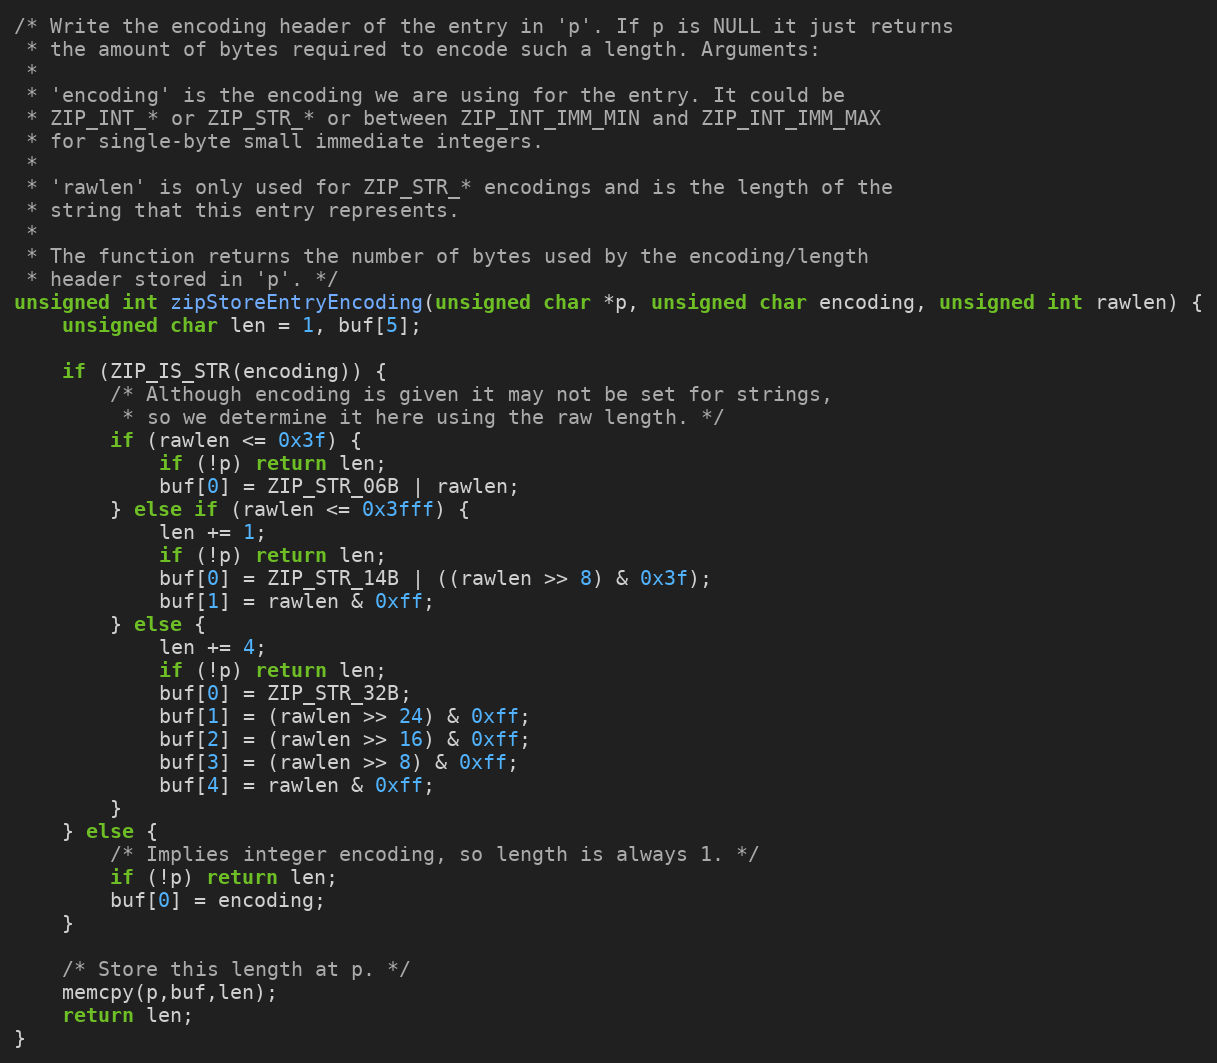
Language: C
/* Write the encoding header of the entry in 'p'. If p is NULL it just returns
 * the amount of bytes required to encode such a length. Arguments:
 *
 * 'encoding' is the encoding we are using for the entry. It could be
 * ZIP_INT_* or ZIP_STR_* or between ZIP_INT_IMM_MIN and ZIP_INT_IMM_MAX
 * for single-byte small immediate integers.
 *
 * 'rawlen' is only used for ZIP_STR_* encodings and is the length of the
 * string that this entry represents.
 *
 * The function returns the number of bytes used by the encoding/length
 * header stored in 'p'. */
unsigned int zipStoreEntryEncoding(unsigned char *p, unsigned char encoding, unsigned int rawlen) {
    unsigned char len = 1, buf[5];

    if (ZIP_IS_STR(encoding)) {
        /* Although encoding is given it may not be set for strings,
         * so we determine it here using the raw length. */
        if (rawlen <= 0x3f) {
            if (!p) return len;
            buf[0] = ZIP_STR_06B | rawlen;
        } else if (rawlen <= 0x3fff) {
            len += 1;
            if (!p) return len;
            buf[0] = ZIP_STR_14B | ((rawlen >> 8) & 0x3f);
            buf[1] = rawlen & 0xff;
        } else {
            len += 4;
            if (!p) return len;
            buf[0] = ZIP_STR_32B;
            buf[1] = (rawlen >> 24) & 0xff;
            buf[2] = (rawlen >> 16) & 0xff;
            buf[3] = (rawlen >> 8) & 0xff;
            buf[4] = rawlen & 0xff;
        }
    } else {
        /* Implies integer encoding, so length is always 1. */
        if (!p) return len;
        buf[0] = encoding;
    }

    /* Store this length at p. */
    memcpy(p,buf,len);
    return len;
}